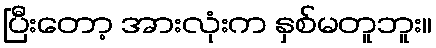
ပြီးတော့ အားလုံးက နှစ်မတူဘူး။